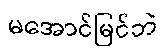
မအောင်မြင်ဘဲ